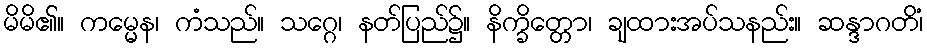
မိမိ၏။ ကမ္မေန၊ ကံသည်။ သဂ္ဂေ၊ နတ်ပြည်၌။ နိက္ခိတ္တော၊ ချထားအပ်သနည်း။ ဆန္ဒာဂတိံ၊